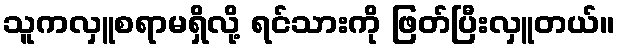
သူကလှူစရာမရှိလို့ ရင်သားကို ဖြတ်ပြီးလှူတယ်။